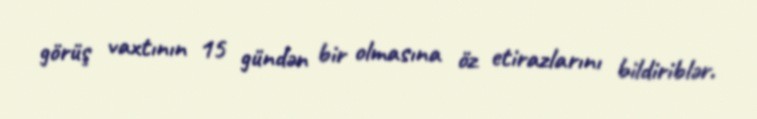
görüş vaxtının 15 gündən bir olmasına öz etirazlarını bildiriblər.